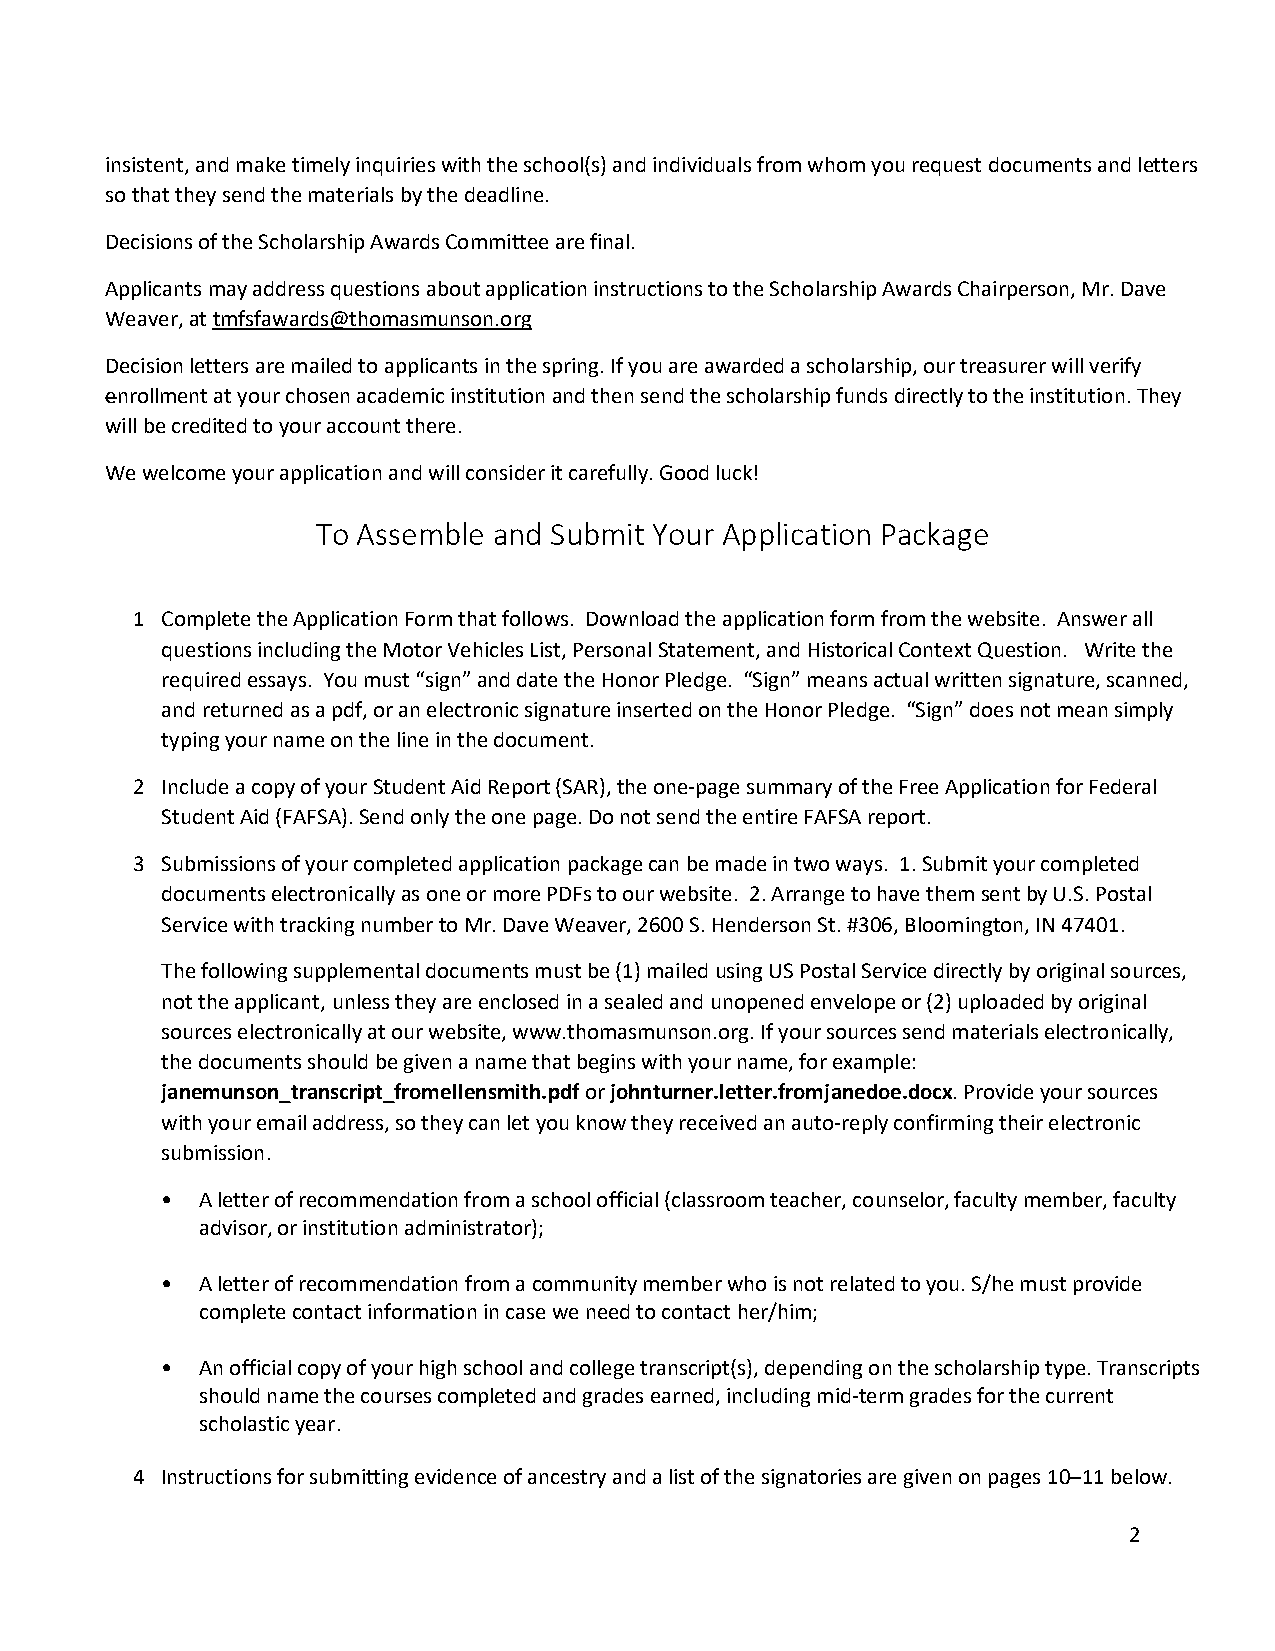
insistent, and make timely inquiries with the school(s) and individuals from whom you request documents and letters
 so that they send the materials by the deadline.
 Decisions of the Scholarship Awards Committee are final.
 Applicants may address questions about application instructions to the Scholarship Awards Chairperson, Mr. Dave
 Weaver, at tmfsfawards@thomasmunson.org
 Decision letters are mailed to applicants in the spring. If you are awarded a scholarship, our treasurer will verify
 enrollment at your chosen academic institution and then send the scholarship funds directly to the institution. They
 will be credited to your account there.
 We welcome your application and will consider it carefully. Good luck!
 To Assemble and Submit Your Application Package
 1 Complete the Application Form that follows. Download the application form from the website. Answer all
 questions including the Motor Vehicles List, Personal Statement, and Historical Context Question. Write the
 required essays. You must “sign” and date the Honor Pledge. “Sign” means actual written signature, scanned,
 and returned as a pdf, or an electronic signature inserted on the Honor Pledge. “Sign” does not mean simply
 typing your name on the line in the document.
 2 Include a copy of your Student Aid Report (SAR), the one-page summary of the Free Application for Federal
 Student Aid (FAFSA). Send only the one page. Do not send the entire FAFSA report.
 3 Submissions of your completed application package can be made in two ways. 1. Submit your completed
 documents electronically as one or more PDFs to our website. 2. Arrange to have them sent by U.S. Postal
 Service with tracking number to Mr. Dave Weaver, 2600 S. Henderson St. #306, Bloomington, IN 47401.
 The following supplemental documents must be (1) mailed using US Postal Service directly by original sources,
 not the applicant, unless they are enclosed in a sealed and unopened envelope or (2) uploaded by original
 sources electronically at our website, www.thomasmunson.org. If your sources send materials electronically,
 the documents should be given a name that begins with your name, for example:
 janemunson_transcript_fromellensmith.pdf or johnturner.letter.fromjanedoe.docx. Provide your sources
 with your email address, so they can let you know they received an auto-reply confirming their electronic
 submission.
 • A letter of recommendation from a school official (classroom teacher, counselor, faculty member, faculty
 advisor, or institution administrator);
 • A letter of recommendation from a community member who is not related to you. S/he must provide
 complete contact information in case we need to contact her/him;
 • An official copy of your high school and college transcript(s), depending on the scholarship type. Transcripts
 should name the courses completed and grades earned, including mid-term grades for the current
 scholastic year.
 4 Instructions for submitting evidence of ancestry and a list of the signatories are given on pages 10–11 below.
 2